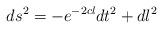
LaTeX: \begin{align*}ds^{2}=-e^{-2cl}dt^{2}+dl^{2} \end{align*}